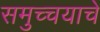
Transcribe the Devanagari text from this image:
समुच्चयाचे